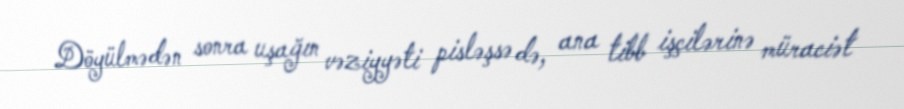
Döyülmədən sonra uşağın vəziyyəti pisləşsə də, ana tibb işçilərinə müraciət